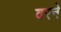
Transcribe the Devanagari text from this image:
वरने